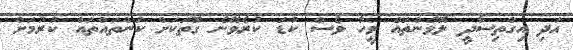
އަދި އިގްތިސާދީ ލޮޅުންތައް ވީހާ ވެސް ކުޑަ ކުރެވޭނެ ގޮތަކަށް ކަންތައްތައް ކުރުމަށް